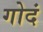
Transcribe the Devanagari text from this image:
गोदं